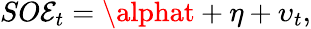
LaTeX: SO\mathcal{E}_{t}=\alphat+\eta+\upsilon_{t},